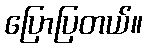
ပြောပြတယ်။